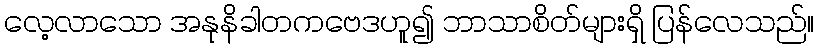
လေ့လာသော အနုနိခါတကဗေဒဟူ၍ ဘာသာစိတ်များရှိ ပြန်လေသည်။